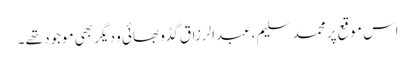
اس موقع پر محمد سلیم ،عبدالرزاق گڈو بھائی و دیگر بھی موجود تھے ۔